画像に写った文字を読んでください
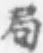
「局」と書いてあります